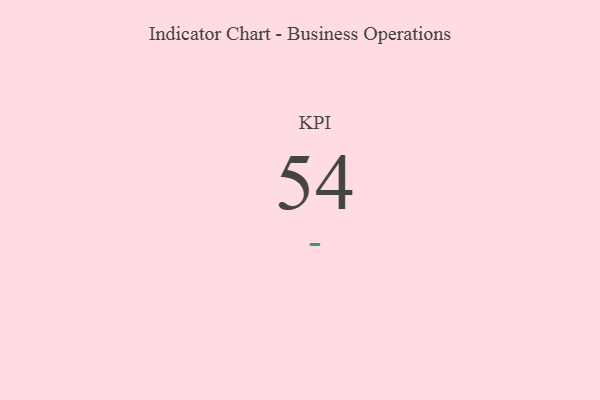
{"axis": {"x": "KPI", "y": "Value"}, "legend": [""], "data": [{"x": "KPI", "y": 54, "type": ""}]}